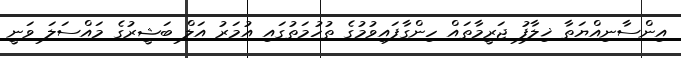
އިންސާނިއްޔަތާ ޚިލާފު ޖަރީމާތައް ހިންގާފައިވުމުގެ ތުހުމަތުގައި އުމަރު އަލް ބަޝީރުގެ މައްސަލަ ވަނީ